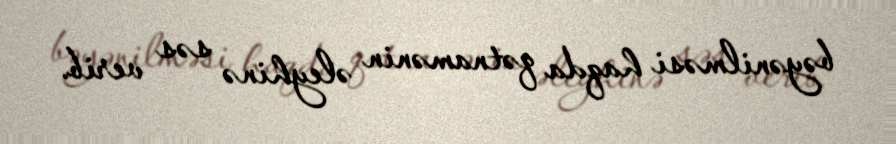
bəyənilməsi haqda qətnamənin əleyhinə səs verib.